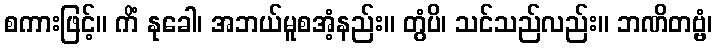
စကားဖြင့်။ ကိံ နုခေါ၊ အဘယ်မူစအံ့နည်း။ တွံပိ၊ သင်သည်လည်း။ ဘဏိတဗ္ဗံ၊